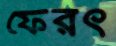
ফেরৎ